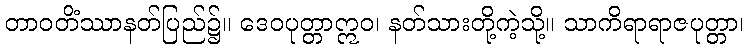
တာဝတိံဿာနတ်ပြည်၌။ ဒေဝပုတ္တာဣဝ၊ နတ်သားတို့ကဲ့သို့။ သာကိရာရာဇပုတ္တာ၊